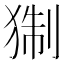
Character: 猘